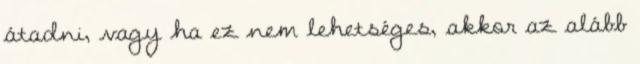
átadni, vagy ha ez nem lehetséges, akkor az alább